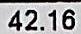
42.16